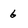
Character: 6